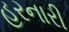
હરનારી